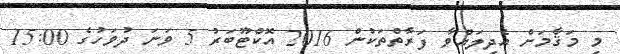
މި މަޤާމަށް އެދިލައްވާ ފަރާތްތަކުން 2016 އޮކްޓޫބަރު 5 ވަނަ ދުވަހުގެ 15:00